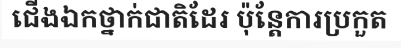
ជើងឯកថ្នាក់ជាតិដែរ ប៉ុន្តែការប្រកួត